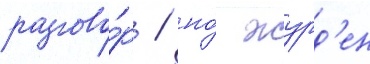
разгово́р / но́ журд'ен